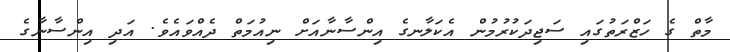
މާތް ގެ ހަޒްރަތުގައި ސަޖިދަކުރުމުން އެކަލާނގެ އިންސާނާއަށް ނިއުމަތް ދެއްވައެވެ. އަދި އިންސާނާގެ